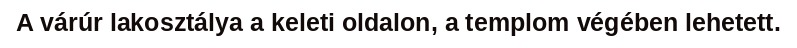
A várúr lakosztálya a keleti oldalon, a templom végében lehetett.